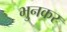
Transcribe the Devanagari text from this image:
भुनकर